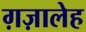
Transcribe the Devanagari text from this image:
ग़ज़ालेह